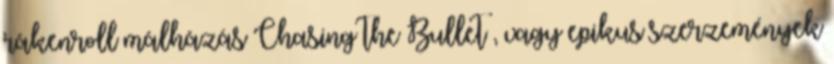
rákenroll málházás Chasing the Bullet , vagy epikus szerzemények